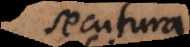
secutura